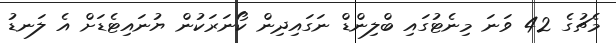
މެޗުގެ 42 ވަނަ މިނެޓުގައި ބްލިންޑް ނަގައިދިން ކޯނަރަކުން ޔުނައިޓެޑަށް އެ ލަނޑު